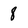
Character: 8